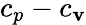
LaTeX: c_{p}-c_{\mathbf{v}}